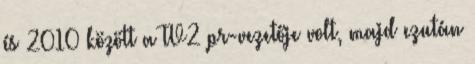
és 2010 között a TV2 pr-vezetője volt, majd ezután